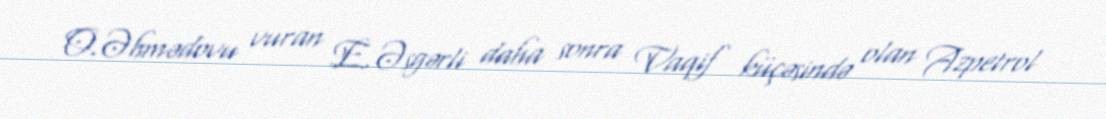
O.Əhmədovu vuran E.Əsgərli daha sonra Vaqif küçəsində olan Azpetrol